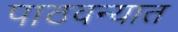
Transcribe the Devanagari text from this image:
पाठवन्यात